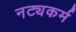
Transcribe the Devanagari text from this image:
नट्यकर्म